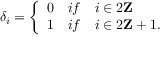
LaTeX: \delta _ { i } = \left\{ \begin{array} { l l } { { 0 } } & { { i f \quad i \in 2 { \bf Z } } } \\ { { 1 } } & { { i f \quad i \in 2 { \bf Z } + 1 . } } \end{array} \right.